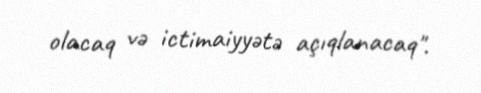
olacaq və ictimaiyyətə açıqlanacaq".